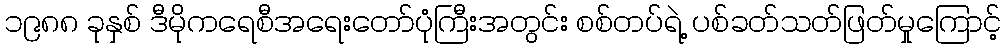
၁၉၈၈ ခုနှစ် ဒီမိုကရေစီအရေးတော်ပုံကြီးအတွင်း စစ်တပ်ရဲ့ ပစ်ခတ်သတ်ဖြတ်မှုကြောင့်